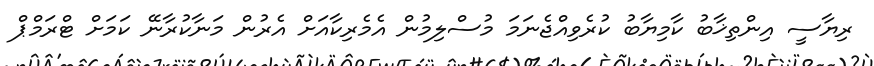
ރިޔާސީ އިންތިޚާބު ކާމިޔާބު ކުރެވިއްޖެނަމަ މުސްލިމުން އެމެރިކާއަށް އެރުން މަނާކުރާނޭ ކަމަށް ޓްރަމްޕް